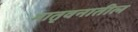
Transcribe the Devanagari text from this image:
मातृवनातील